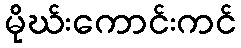
မိုဃ်းကောင်းကင်